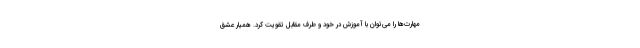
مهارت‌ها را می‌توان با آموزش در خود و طرف مقابل تقویت کرد. همیار عشق